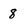
Character: 8